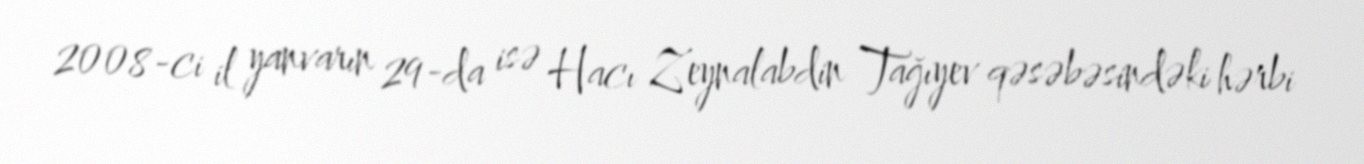
2008-ci il yanvarın 29-da isə Hacı Zeynalabdin Tağıyev qəsəbəsindəki hərbi